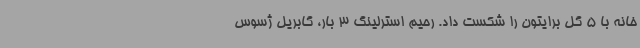
خانه با 5 گل برایتون را شکست داد. رحیم استرلینگ 3 بار، گابریل ژسوس